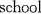
school.